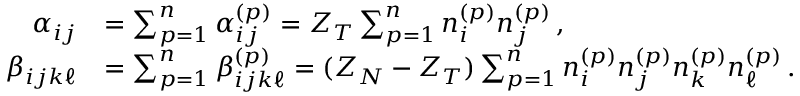
\begin{array} { r l } { \alpha _ { i j } } & { = \sum _ { p = 1 } ^ { n } \alpha _ { i j } ^ { ( p ) } = Z _ { T } \sum _ { p = 1 } ^ { n } n _ { i } ^ { ( p ) } n _ { j } ^ { ( p ) } \, , } \\ { \beta _ { i j k \ell } } & { = \sum _ { p = 1 } ^ { n } \beta _ { i j k \ell } ^ { ( p ) } = ( Z _ { N } - Z _ { T } ) \sum _ { p = 1 } ^ { n } n _ { i } ^ { ( p ) } n _ { j } ^ { ( p ) } n _ { k } ^ { ( p ) } n _ { \ell } ^ { ( p ) } \, . } \end{array}